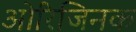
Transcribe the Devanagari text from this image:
ओरिजिनक